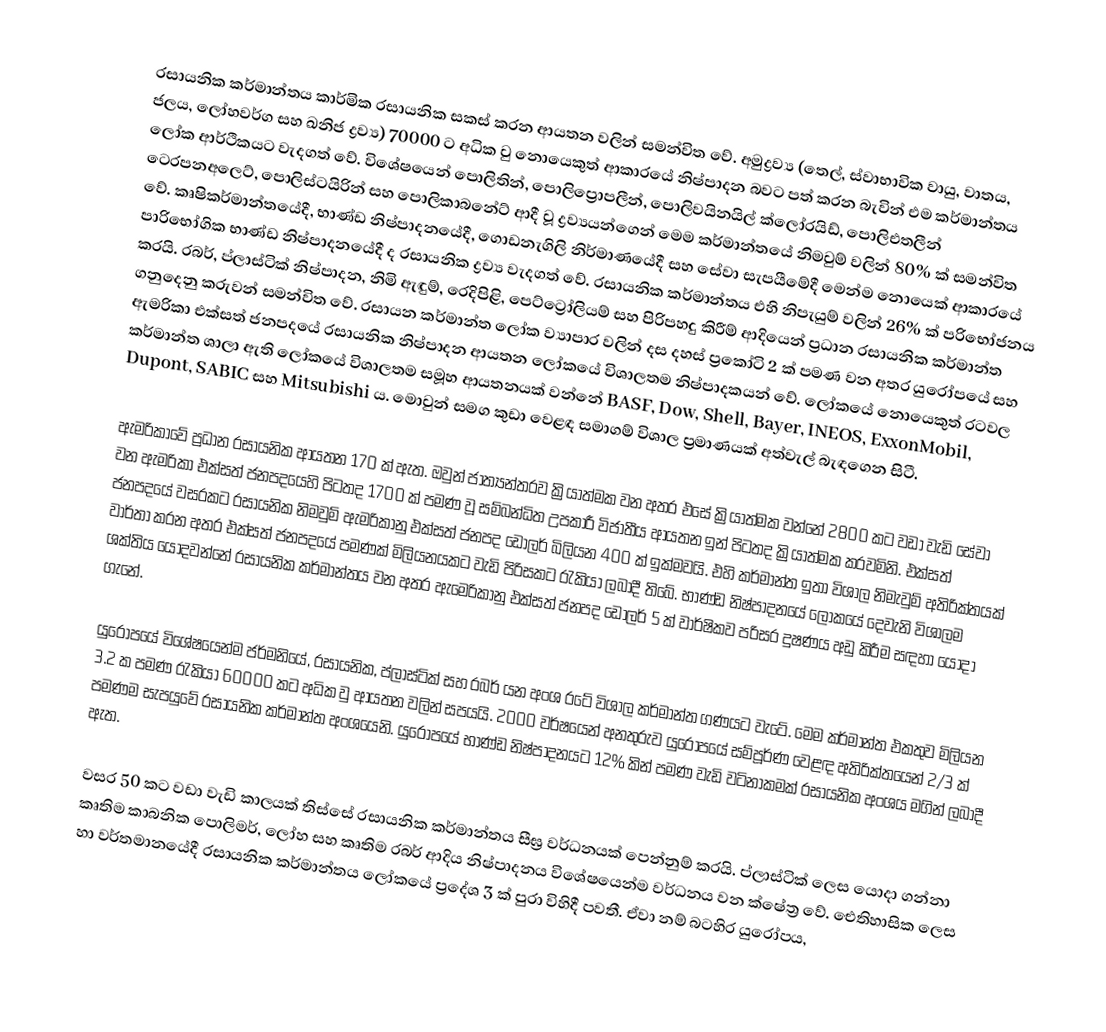
රසායනික කර්මාන්තය කාර්මික රසායනික සකස් කරන ආයතන වලින් සමන්විත වේ. අමුද්‍රව්‍ය (තෙල්, ස්වාභාවික වායු, වාතය, ජලය, ලෝහවර්ග සහ ඛනිජ ද්‍රව්‍ය) 70000 ට අධික වු නොයෙකුත් ආකාරයේ නිෂ්පාදන බවට පත් කරන බැවින් එම කර්මාන්තය ලෝක ආර්ථිකයට වැදගත් වේ. විශේෂයෙන් පොලිතින්, පොලිප්‍රොපලීන්, පොලිවයිනයිල් ක්ලෝරයිඩ්, පොලිඑතලීන් ටෙරපනඅලෙට්, පොලිස්ටයිරින් සහ පොලිකාබනේට් ආදී වූ ද්‍රව්‍යයන්ගෙන් මෙම කර්මාන්තයේ නිමවුම් වලින් 80% ක් සමන්විත වේ. කෘෂිකර්මාන්තයේදී, භාණ්ඩ නිෂ්පාදනයේදී, ගොඩනැගිලි නිර්මාණයේදී සහ සේවා සැපයීමේදී මෙන්ම නොයෙක් ආකාරයේ පාරිභෝගික භාණ්ඩ නිෂ්පාදනයේදී ද රසායනික ද්‍රව්‍ය වැදගත් වේ. රසායනික කර්මාන්තය එහි නිපැයුම් වලින් 26% ක් පරිභෝජනය කරයි. රබර්, ප්ලාස්ටික් නිෂ්පාදන, නිමි ඇඳුම්, රෙදිපිළි, පෙට්ට්‍රෝලියම් සහ පිරිපහදු කිරීම් ආදියෙන් ප්‍රධාන රසායනික කර්මාන්ත ගනුදෙනු කරුවන් සමන්විත වේ. රසායන කර්මාන්ත ලෝක ව්‍යාපාර වලින් දස දහස් ප්‍රකෝටි 2 ක් පමණ වන අතර යුරෝපයේ සහ ඇමරිකා එක්සත් ජනපදයේ රසායනික නිෂ්පාදන ආයතන ලෝකයේ විශාලතම නිෂ්පාදකයන් වේ. ලෝකයේ නොයෙකුත් රටවල කර්මාන්ත ශාලා ඇති ලෝකයේ විශාලතම   සමූහ ආයතනයක් වන්නේ BASF, Dow, Shell, Bayer, INEOS, ExxonMobil, Dupont, SABIC සහ Mitsubishi ය. මොවුන් සමග කුඩා වෙළඳ සමාගම් විශාල ප්‍රමාණයක් අත්වැල් බැඳගෙන සිටී.

ඇමරිකාවේ ප්‍රධාන රසායනික ආයතන 170 ක් ඇත. ඔවුන් ජාත්‍යන්තරව ක්‍රියාත්මක වන අතර එසේ ක්‍රියාත්මක වන්නේ 2800 කට වඩා වැඩි සේවා වන ඇමරිකා එක්සත් ජනපදයෙහි පිටතද 1700 ක් පමණ වූ සම්බන්ධිත උපකාරී විජාතීය ආයතන ඉන් පිටතද ක්‍රියාත්මක කරවමිනි. එක්සත් ජනපදයේ වසරකට රසායනික නිමවුම් ඇමරිකානු එක්සත් ජනපද ඩොලර් බිලියන 400 ක් ඉක්මවයි. එහි කර්මාන්ත ඉතා විශාල නිමැවුම් අතිරික්තයක් වාර්තා කරන අතර එක්සත් ජනපදයේ පමණක් මිලියනයකට වැඩි පිරිසකට රැකියා ලබාදී තිබේ. භාණ්ඩ නිෂ්පාදනයේ ලෝකයේ දෙවැනි විශාලම ශක්තිය යොදවන්නේ රසායනික කර්මාන්තය වන අතර ඇමෙරිකානු එක්සත් ජනපද ඩොලර් 5 ක් වාර්ෂිකව පරිසර දුෂණය අඩු කිරීම සඳහා යොදා ගැනේ.

යුරෝපයේ විශේෂයෙන්ම ජර්මනියේ, රසායනික, ප්ලාස්ටික් සහ රබර් යන අංශ රටේ විශාල කර්මාන්ත ගණයට වැටේ. මෙම කර්මාන්ත එකතුව මිලියන 3.2 ක පමණ රැකියා 60000 කට අධික වු ආයතන වලින් සපයයි. 2000 වර්ෂයෙන් අනතුරුව යුරෝපයේ සම්පූර්ණ වෙළඳ අතිරික්තයෙන් 2/3 ක් පමණම සැපයුවේ රසායනික කර්මාන්ත අංශයෙනි. යුරෝපයේ භාණ්ඩ නිෂ්පාදනයට 12% කින් පමණ වැඩි වටිනාකමක් රසායනික අංශය මගින් ලබාදී ඇත.

වසර 50 කට වඩා වැඩි කාලයක් තිස්සේ රසායනික කර්මාන්තය සීඝ්‍ර වර්ධනයක් පෙන්නුම් කරයි. ප්ලාස්ටික් ලෙස යොදා ගන්නා කෘතිම කාබනික පොලිමර්, ලෝහ සහ කෘතිම රබර් ආදිය නිෂ්පාදනය විශේෂ‍යෙන්ම වර්ධනය වන ක්ෂේත්‍ර වේ. ඓතිහාසික ලෙස හා වර්තමානයේදී රසායනික කර්මාන්තය ලෝකයේ ප්‍රදේශ 3 ක් පුරා විහිදී පවතී. ඒවා නම් බටහිර යුරෝපය,